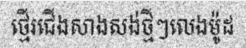
ថ្មើរជើងសាងសង់ថ្មីៗលេងម៉ូដ